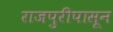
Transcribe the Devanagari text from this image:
राजपुरीपासून